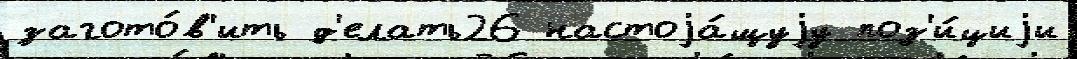
загото́в'ить д'елать26 настоjа́щуjу поз'и́циjи